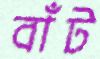
বাঁট